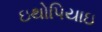
ઇથોપિયાઇ